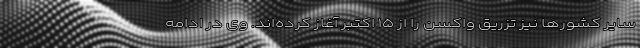
سایر کشورها نیز تزریق واکسن را از ۱۵ اکتبر آغاز کرده‌اند. وی در ادامه